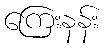
ကြေးနန်း